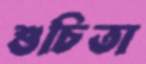
শুচিতা